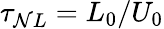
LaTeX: \tau_{\mathcal{N}L}=L_{0}/U_{0}